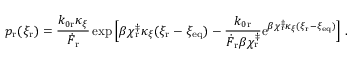
p _ { \mathrm { r } } ( \xi _ { \mathrm { r } } ) = \frac { k _ { 0 \mathrm { r } } \kappa _ { \xi } } { \dot { F } _ { \mathrm { r } } } \exp { \Big [ \beta \chi _ { \mathrm { r } } ^ { \ddag } \kappa _ { \xi } ( \xi _ { \mathrm { r } } - \xi _ { \mathrm { e q } } ) - \frac { k _ { 0 \mathrm { r } } } { \dot { F } _ { \mathrm { r } } \beta \chi _ { \mathrm { r } } ^ { \ddag } } \mathrm { e } ^ { \beta \chi _ { \mathrm { r } } ^ { \ddag } \kappa _ { \xi } ( \xi _ { \mathrm { r } } - \xi _ { \mathrm { e q } } ) } \Big ] } ~ .